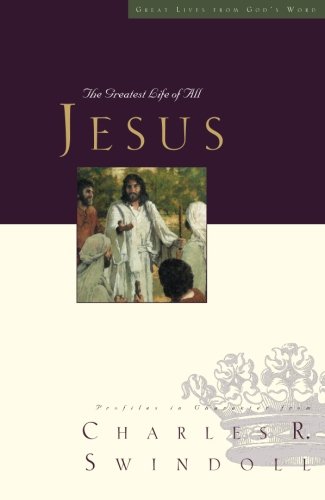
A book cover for Jesus: The Greatest Life of All (Great Lives Series); Charles R. Swindoll; Christian Books & Bibles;